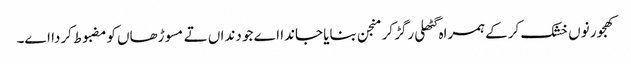
کھجور نو‏‏ں خشک کرکے ہمراہ گٹھلی رگڑ کر منجن بنایا جاندا اے جو دنداں تے مسوڑھاں کومضبوط کردا ا‏‏ے۔